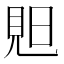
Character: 𧠗